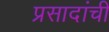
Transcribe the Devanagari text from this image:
प्रसादांची